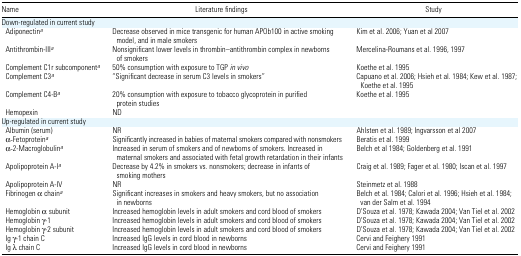
<table><thead><tr><td><b>Name</b></td><td><b>Literature findings</b></td><td><b>Study</b></td></tr></thead><tbody><tr><td colspan="3">Down-regulated in current study</td></tr><tr><td> Adiponectina</td><td>Decrease observed in mice transgenic for human APOb100 in active smoking model, and in male smokers</td><td>Kim et al. 2006; Yuan et al 2007</td></tr><tr><td> Antithrombin-IIIa</td><td>Nonsignificant lower levels in thrombin–antithrombin complex in newborns of smokers</td><td>Mercelina-Roumans et al. 1996, 1997</td></tr><tr><td> Complement C1r subcomponenta</td><td>50% consumption with exposure to TGP <i>in vivo</i></td><td>Koethe et al. 1995</td></tr><tr><td> Complement C3a</td><td>“Significant decrease in serum C3 levels in smokers”</td><td>Capuano et al. 2006; Hsieh et al. 1984; Kew et al. 1987; Koethe et al. 1995</td></tr><tr><td> Complement C4-Ba</td><td>20% consumption with exposure to tobacco glycoprotein in purified protein studies</td><td>Koethe et al. 1995</td></tr><tr><td> Hemopexin</td><td>ND</td><td></td></tr><tr><td colspan="3">Up-regulated in current study</td></tr><tr><td> Albumin (serum)</td><td>NR</td><td>Ahlsten et al. 1989; Ingvarsson et al 2007</td></tr><tr><td> α-Fetoproteina</td><td>Significantly increased in babies of maternal smokers compared with nonsmokers</td><td>Beratis et al. 1999</td></tr><tr><td> α-2-Macroglobulina</td><td>Increased in serum of smokers and of newborns of smokers. Increased in maternal smokers and associated with fetal growth retardation in their infants</td><td>Belch et al 1984; Goldenberg et al. 1991</td></tr><tr><td> Apolipoprotein A-Ia</td><td>Decrease by 4.2% in smokers vs. nonsmokers; decrease in infants of smoking mothers</td><td>Craig et al. 1989; Fager et al. 1980; Iscan et al. 1997</td></tr><tr><td> Apolipoprotein A-IV</td><td>NR</td><td>Steinmetz et al. 1988</td></tr><tr><td>Fibrinogen α chaina</td><td>Significant increases in smokers and heavy smokers, but no association in newborns</td><td>Belch et al. 1984; Calori et al. 1996; Hsieh et al. 1984; van der Salm et al. 1994</td></tr><tr><td> Hemoglobin α subunit</td><td>Increased hemoglobin levels in adult smokers and cord blood of smokers</td><td>D’Souza et al. 1978; Kawada 2004; Van Tiel et al. 2002</td></tr><tr><td> Hemoglobin γ-1</td><td>Increased hemoglobin levels in adult smokers and cord blood of smokers</td><td>D’Souza et al. 1978; Kawada 2004; Van Tiel et al. 2002</td></tr><tr><td> Hemoglobin γ-2 subunit</td><td>Increased hemoglobin levels in adult smokers and cord blood of smokers</td><td>D’Souza et al. 1978; Kawada 2004; Van Tiel et al. 2002</td></tr><tr><td> Ig γ-1 chain C</td><td>Increased IgG levels in cord blood in newborns</td><td>Cervi and Feighery 1991</td></tr><tr><td> Ig λ chain C</td><td>Increased IgG levels in cord blood in newborns</td><td>Cervi and Feighery 1991</td></tr></tbody></table>